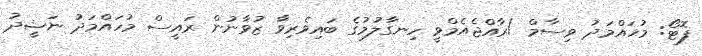
ފޮޓޯ: މުހައްމަދު ވިސާމް /ރާއްޖެއެމްވީ ހިނގާލުމުގެ ބައިވެރިވާ ޒުވާނުން ރައީސް މުހައްމަދު ނަޝީދު